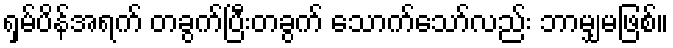
ရှမ်ပိန်အရက် တခွက်ပြီးတခွက် သောက်သော်လည်း ဘာမျှမဖြစ်။